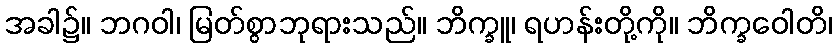
အခါ၌။ ဘဂဝါ၊ မြတ်စွာဘုရားသည်။ ဘိက္ခူ၊ ရဟန်းတို့ကို။ ဘိက္ခဝေါတိ၊